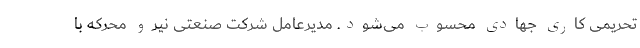
تحریمی کاری جهادی محسوب می‌شود. مدیرعامل شرکت صنعتی نیرو محرکه با